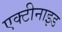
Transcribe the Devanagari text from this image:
एक्टीनाइड